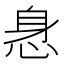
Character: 𰑢